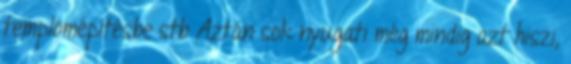
templomépítésbe stb Aztán sok nyugati még mindig azt hiszi,